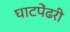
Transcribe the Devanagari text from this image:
घाटपेंढरी